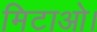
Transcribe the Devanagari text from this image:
मिटाओ।